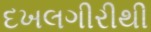
દખલગીરીથી